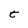
Character: t